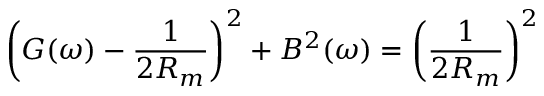
\left( G ( \omega ) - \frac { 1 } { 2 R _ { m } } \right) ^ { 2 } + B ^ { 2 } ( \omega ) = \left( \frac { 1 } { 2 R _ { m } } \right) ^ { 2 }